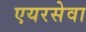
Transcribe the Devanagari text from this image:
एयरसेवा